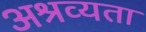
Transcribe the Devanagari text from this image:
अश्रव्यता